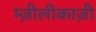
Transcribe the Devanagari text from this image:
म्ज़ीलीकाज़ी